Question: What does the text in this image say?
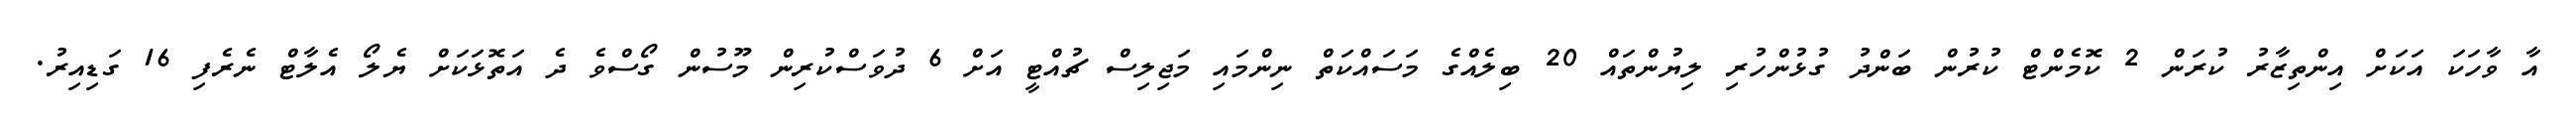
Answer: އާ ވާހަކަ އަކަށް އިންތިޒާރު ކުރަން 2 ކޮމެންޓް ކުރުން ބަންދު ގުޅުންހުރި ލިޔުންތައް 20 ބިލެއްގެ މަސައްކަތް ނިންމައި މަޖިލިސް ޗުއްޓީ އަށް 6 ދުވަސްކުރިން މޫސުން ގޯސްވެ ދެ އަތޮޅަކަށް ޔެލޯ އެލާޓް ނެރެފި 16 ގަޑިއިރު.